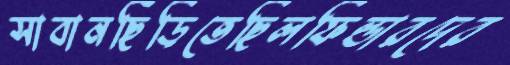
সাবানছিঁড়িতেছিলফিল্ডারদের